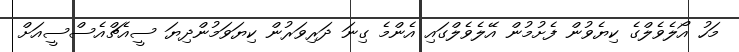
މަހު އޯލެވެލްގެ ކިޔެވުން ފެށުމުން އޭލެވެލްގައި އެންމެ ގިނަ ދަރިވަރުން ކިޔަވަމުންދިޔަ ސީއެޗްއެސްސީއަށް